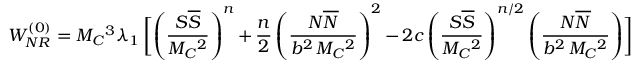
W _ { N R } ^ { ( 0 ) } = M _ { C } { } ^ { 3 } \lambda _ { 1 } \, \biggl [ \left( \frac { S \overline { { S } } } { M _ { C } { } ^ { 2 } } \right) ^ { n } + \frac { n } { 2 } \left( \frac { N \overline { { N } } } { b ^ { 2 } \, M _ { C } { } ^ { 2 } } \right) ^ { 2 } - 2 c \left( \frac { S \overline { { S } } } { M _ { C } { } ^ { 2 } } \right) ^ { n / 2 } \left( \frac { N \overline { { N } } } { b ^ { 2 } \, M _ { C } { } ^ { 2 } } \right) \biggr ]